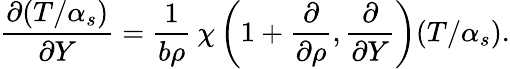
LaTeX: \frac{\partial(T/\alpha_{s})}{\partial Y}=\frac{1}{b\rho}\: \chi\left(1+\frac{\partial}{\partial\rho},\frac{\partial}{\partial Y}\right)(T/\alpha_{s}).